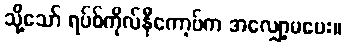
သို့သော် ရပ်စ်ကိုလ်နီကော့ဗ်က အလျှော့မပေး။